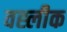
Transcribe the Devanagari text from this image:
वह्लीक